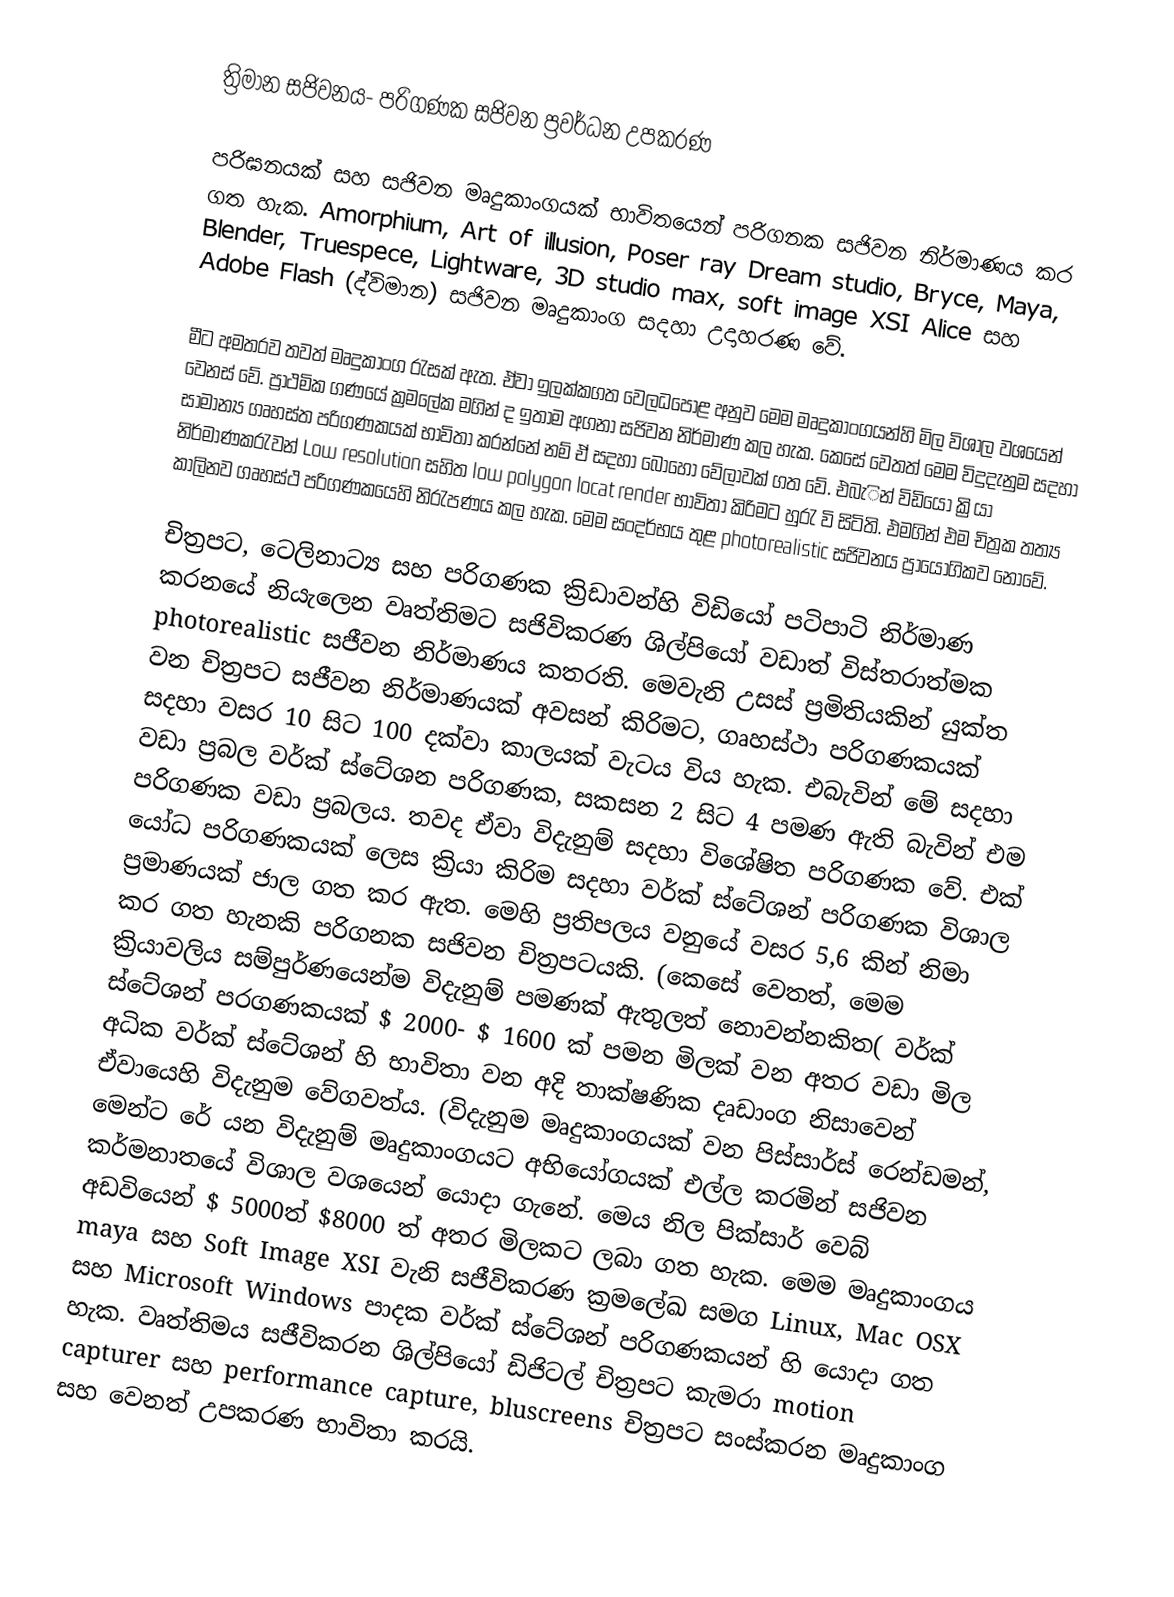
ත්‍රිමාන සජිවනය- පරිගණක සජිවන ප්‍රවර්ධන උපකරණ

	පරිඝනයක් සහ සජිවන මෘදුකාංගයක් භාවිතයෙන් පරිගනක සජිවන නිර්මාණය කර ගත හැක. Amorphium, Art of illusion, Poser ray Dream studio, Bryce, Maya, Blender, Truespece, Lightware, 3D studio max, soft image XSI Alice සහ Adobe Flash (ද්විමාන) සජිවන මෘදුකාංග සදහා උදාහරණ වේ.

මීට අමතරව තවත් මෘදුකාංග රැසක් ඇත. ඒවා ඉලක්කගත වෙලධපොළ අනුව මෙම මෘදුකාංගයන්හි මිල විශාල වශයෙන් වෙනස් වේ. ප්‍රාථමික ගණයේ ක්‍රමලේක මගින් ද ඉතාම අගනා සජිවන නිර්මාණ කල හැක. කෙසේ වෙතත් මෙම විදුදැනුම සදහා සාමාන්‍ය ගෘහස්ත පරිගණකයක් භාවිතා කරන්නේ නම් ඒ සදහා බොහෝ වේලාවක් ගත වේ. එබැින් විඩියෝ ක්‍රියා නිර්මාණකරැවන්  Low resolution සහිත  low polygon locat render භාවිතා කිරිමට හුරැ වි සිටිති. එමගින් එම චිත්‍රක තත්‍ය කාලිනව ගෘහස්ථ පරිගණකයෙහි නිරැපණය කල හැක. මෙම සංදර්භය තුළ photorealistic සජිවනය ප්‍ර‍ායෝගිකව නොවේ.

චිත්‍රපට, ටෙලිනාට්‍ය සහ පරිගණක ක්‍රිඩාවන්හි විඩියෝ පටිපාටි නිර්මාණ කරනයේ නියැලෙන වෘත්තිමට සජිවිකරණ ශිල්පියෝ වඩාත්  විස්තරාත්මක photorealistic සජීවන නිර්මාණය කතරති. මෙවැනි උසස් ප්‍රමිතියකින් යුක්ත වන චිත්‍රපට සජීවන නිර්මාණයක් අවසන් කිරිමට, ගෘහස්ථා පරිගණකයක් සදහා වසර 10 සිට 100 දක්වා කාලයක් වැටය විය හැක. එබැවින් මේ සදහා වඩා ප්‍රබල වර්ක් ‍ස්ටේශන පරිගණක, සකසන 2 සිට 4 පමණ ඇති බැවින් එම පරිගණක වඩා ප්‍රබලය. තවද ඒවා විදැනුම් සදහා විශේෂිත පරිගණක වේ. එක් යෝධ පරිගණකයක් ලෙස ක්‍රියා කිරිම සදහා වර්ක් ස්ටේශන් පරිගණක විශාල ප්‍රමාණයක් ජාල ගත කර ඇත. මෙහි ප්‍රතිපලය වනුයේ වසර 5,6 කින් නිමා කර ගත හැනකි පරිගනක සජිවන චිත්‍රපටයකි. (කෙසේ වෙතත්, මෙම ක්‍රියාවලිය සම්පුර්ණයෙන්ම විදැනුම් පමණක් ඇතුලත් නොවන්නකිත( වර්ක් ස්ටේශන් පරගණකයක් $ 2000- $ 1600 ක් පමන මිලක් වන අතර වඩා මිල අධික  වර්ක් ස්ටේශන් හි භාවිතා වන අදි තාක්ෂණික දෘඩාංග නිසාවෙන් ඒවායෙහි විදැනුම වේගවත්ය. (විදැනුම මෘදුකාංගයක් වන පිස්සාර්ස් රෙන්ඩමන්, මෙන්ට රේ යන විදැනුම් මෘදුකාංගයට අභියෝගයක් එල්ල කරමින් සජිවන කර්මනාතයේ විශාල වශයෙන් යොදා ගැනේ. මෙය නිල පික්සාර් වෙබ් අඩවියෙන් $ 5000ත් $8000 ත් අතර මිලකට ලබා ගත හැක. මෙම මෘදුකාංගය maya සහ  Soft Image XSI වැනි සජීවිකරණ ක්‍රමලේඛ සමග Linux, Mac OSX සහ Microsoft Windows පාදක වර්ක් ස්ටේශන් පරිගණකයන් හි යොදා ගත හැක. වෘත්තිමය සජීවිකරන ශිල්පියෝ ඩිජිටල් චිත්‍රපට කැමරා  motion capturer සහ performance capture,  bluscreens චිත්‍රපට සංස්කරන ‍මෘදුකාංග සහ වෙනත් උපකරණ භාවිතා කරයි.